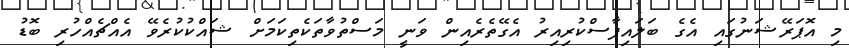
މި އޮޕަރޭޝަނުގައި އެގެ ބަލައިފާސްކުރިއިރު އެގޭތެރެއިން ވަނީ މަސްތުވާތަކެތިކަމަށް ޝައްކުކުރެވޭ އެއްޗެއްހުރި ބޮޑު